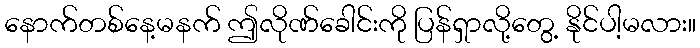
နောက်တစ်နေ့မနက် ဤလိုဏ်ခေါင်းကို ပြန်ရှာလို့တွေ့ နိုင်ပါ့မလား။